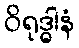
ဝိရုဒ္ဓါနံ